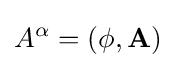
A^{\alpha }=(\phi ,\mathbf {A} )